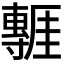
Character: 𭕃